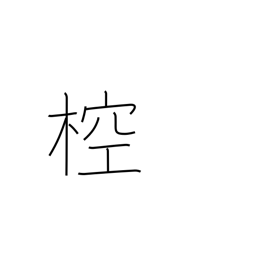
Meaning: type of ancient musical instrument